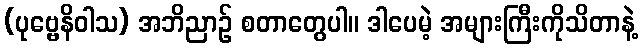
(ပုဗ္ဗေနိဝါသ) အဘိညာဉ် စတာတွေပါ။ ဒါပေမဲ့ အများကြီးကိုသိတာနဲ့